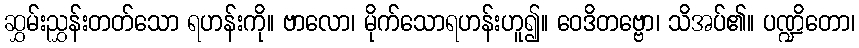
ဆွှမ်းညွှန်းတတ်သော ရဟန်းကို။ ဗာလော၊ မိုက်သောရဟန်းဟူ၍။ ဝေဒိတဗ္ဗော၊ သိအပ်၏။ ပဏ္ဍိတော၊